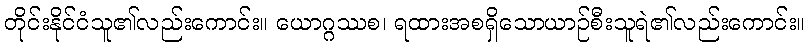
တိုင်းနိုင်ငံသူ၏လည်းကောင်း။ ယောဂ္ဂဿစ၊ ရထားအစရှိသောယာဉ်စီးသူရဲ၏လည်းကောင်း။